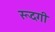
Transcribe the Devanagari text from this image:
रूदगी